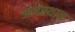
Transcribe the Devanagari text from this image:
अंगस्थान